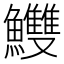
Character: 𩽧